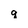
Character: q